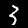
Digit: 3